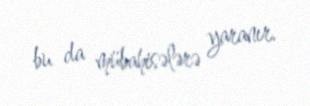
bu da mübahisələrə yaranır.